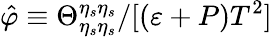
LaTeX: \hat{\varphi}\equiv\Theta_{\eta_{s}\eta_{s}}^{\eta_{s}\eta_{s}}/[(\varepsilon+P)T^{2}]